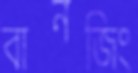
বানজিং